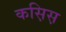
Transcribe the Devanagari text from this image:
कस़िस़